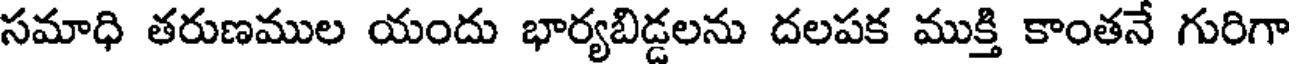
సమాధి తరుణముల యందు భార్యబిడ్డలను దలపక ముక్తి కాంతనే గురిగా